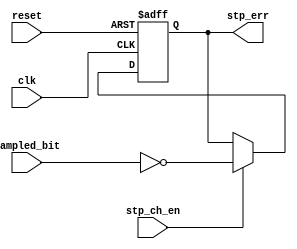
module StoptCheck (
    input clk , reset ,
    input sampled_bit , stp_ch_en ,
    output reg stp_err
);
    always @(posedge clk , negedge reset) begin
        if(~reset) begin
            stp_err <= 0;
        end
        else if (stp_ch_en) begin
            stp_err <= ~sampled_bit ;
        end
    end
endmodule